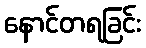
နောင်တရခြင်း